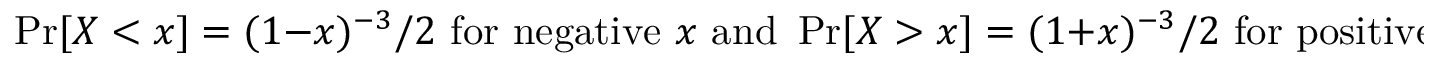
\operatorname* { P r } [ X < x ] = ( 1 - x ) ^ { - 3 } / 2 { \mathrm { ~ f o r ~ n e g a t i v e ~ } } x { \mathrm { ~ a n d ~ } } \operatorname* { P r } [ X > x ] = ( 1 + x ) ^ { - 3 } / 2 { \mathrm { ~ f o r ~ p o s i t i v e ~ } } x .